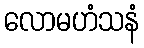
လောမဟံသနံ